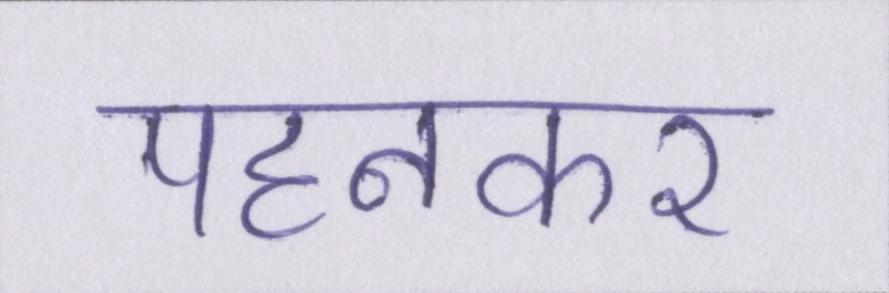
पहनकर